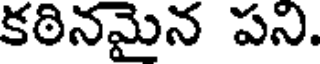
కఠినమైన పని.